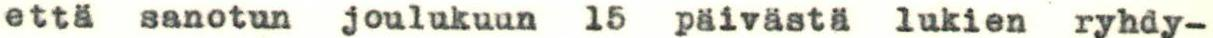
että sanotun joulukuun 15 päivästä lukien ryhdy-